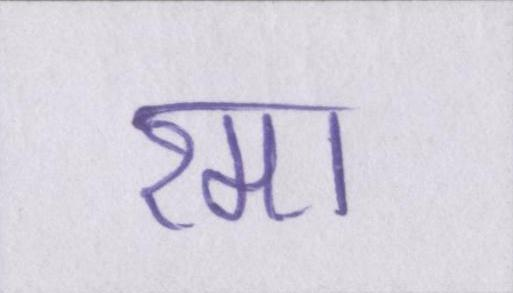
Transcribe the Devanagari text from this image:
रमा